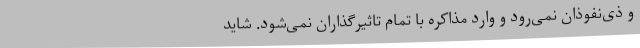
و ذی‌نفوذان نمی‌رود و وارد مذاکره با تمام تاثیرگذاران نمی‌شود. شاید